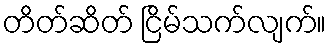
တိတ်ဆိတ် ငြိမ်သက်လျက်။